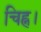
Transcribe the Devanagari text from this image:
चिह्न।